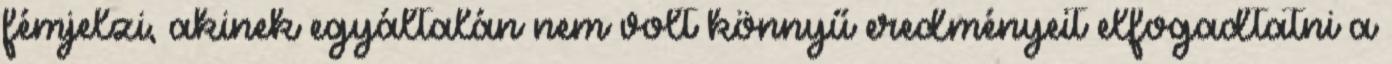
fémjelzi, akinek egyáltalán nem volt könnyű eredményeit elfogadtatni a